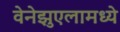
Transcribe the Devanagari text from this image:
वेनेझुएलामध्ये